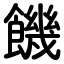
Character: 饑